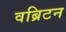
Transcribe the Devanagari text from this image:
वब्रिटन